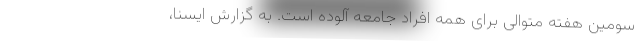
سومین هفته متوالی برای همه افراد جامعه آلوده است. به گزارش ایسنا،